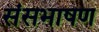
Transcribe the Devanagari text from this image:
संसभाषण